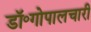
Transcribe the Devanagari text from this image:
डॉ॰गोपालचारी